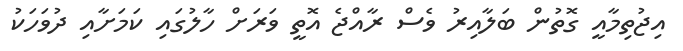
އިޖުތިމާއީ ގޮތުން ބަލާއިރު ވެސް ރާއްޖެ އޮތީ ވަރަށް ހާލުގައި ކަމަށާއި ދުވަހަކު